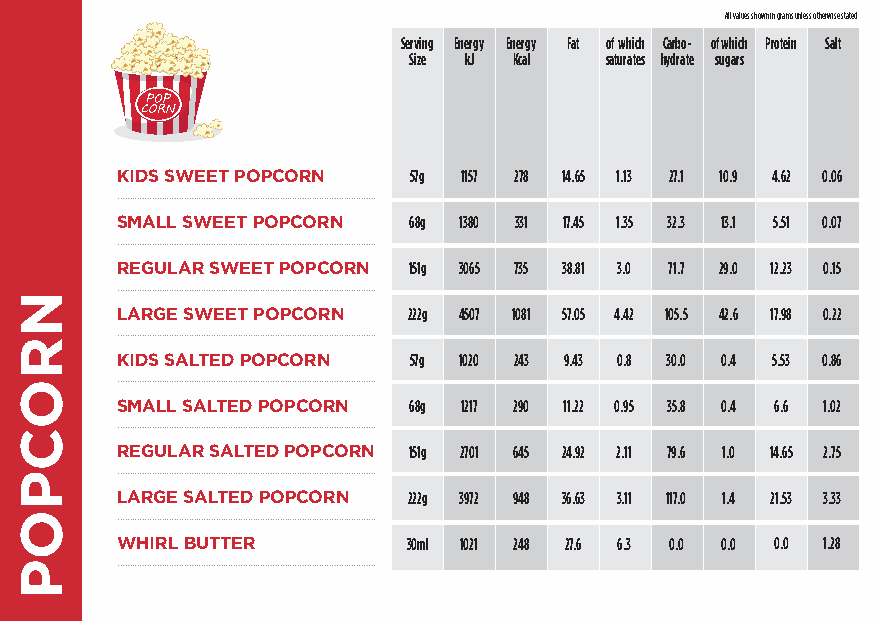
All values shown in grams unless otherwise stated
 Serving Energy Energy Fat of which Carbo- of which Protein Salt
 Size kJ Kcal saturates hydrate sugars
 KIDS SWEET POPCORN 57g 1157 278 14.65 1.13 27.1 10.9 4.62 0.06
 .........................................................................................................
 SMALL SWEET POPCORN 68g 1380 331 17.45 1.35 32.3 13.1 5.51 0.07
 .........................................................................................................
 REGULAR SWEET POPCORN 151g 3065 735 38.81 3.0 71.7 29.0 12.23 0.15
 .........................................................................................................
 LARGE SWEET POPCORN 222g 4507 1081 57.05 4.42 105.5 42.6 17.98 0.22
 .........................................................................................................
 KIDS SALTED POPCORN 57g 1020 243 9.43 0.8 30.0 0.4 5.53 0.86
 .........................................................................................................
 SMALL SALTED POPCORN 68g 1217 290 11.22 0.95 35.8 0.4 6.6 1.02
 .........................................................................................................
 REGULAR SALTED POPCORN 151g 2701 645 24.92 2.11 79.6 1.0 14.65 2.75
 .........................................................................................................
 LARGE SALTED POPCORN 222g 3972 948 36.63 3.11 117.0 1.4 21.53 3.33
 .........................................................................................................
 WHIRL BUTTER       30ml 1021 248 27.6 6.3 0.0 0.0 0.0 1.28
 .........................................................................................................
 NROCPOP